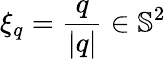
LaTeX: \xi_{q}=\frac{q}{|q|}\in\mathbb{S}^{2}